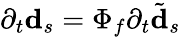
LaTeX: \partial_{t}\mathbf{d}_{s}=\Phi_{f}\partial_{t}\tilde{\mathbf{d}}_{s}